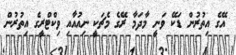
އޭގެ އިތުރުން ޑަކޭ ވަނީ މާދަމާ ރޭގެ މެޗަކީ ނިއުއާއި ވިކްޓްރީގެ އިތުރުން